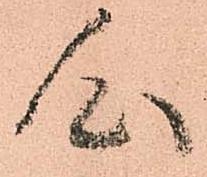
心